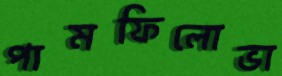
পামফিলোভা